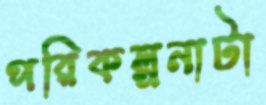
পরিকল্পনাটা